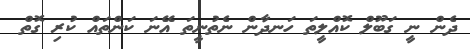
ދެން ނީ ގަބޫލް ކޮއްލީތަ ހަނދާން ނެތުނީތަ އޭނަ ކަންތައް ކުރި ގޮތް